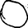
Digit: 0